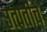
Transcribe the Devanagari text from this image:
उत्पतीचे